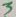
Text: 3